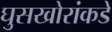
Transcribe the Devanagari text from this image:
घुसखोरांकडे